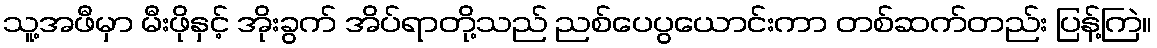
သူ့အဖီမှာ မီးဖိုနှင့် အိုးခွက် အိပ်ရာတို့သည် ညစ်ပေပွယောင်းကာ တစ်ဆက်တည်း ပြန့်ကြဲ။